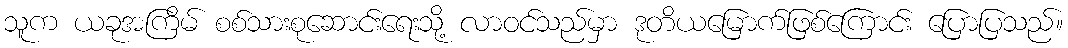
သူက ယခုအကြိမ် စစ်သားစုဆောင်းရေးသို့ လာဝင်သည်မှာ ဒုတိယမြောက်ဖြစ်ကြောင်း ပြောပြသည်။